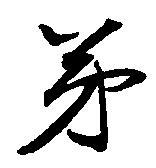
弟